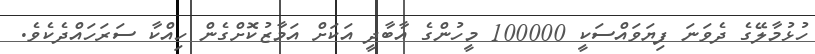
ހުޅުމާލޭގެ ދެވަނަ ފިޔަވައްސަކީ 100000 މީހުންގެ އާބާދީ އަކަށް އަމާޒުކޮށްގެން ހިއްކާ ސަރަހައްދެކެވެ.